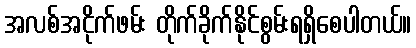
အလစ်အငိုက်ဖမ်း တိုက်ခိုက်နိုင်စွမ်းရရှိစေပါတယ်။